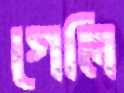
গেলি